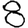
Digit: 8